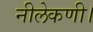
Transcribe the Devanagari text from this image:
नीलेकणी।